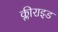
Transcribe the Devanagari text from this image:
क्लीराइड